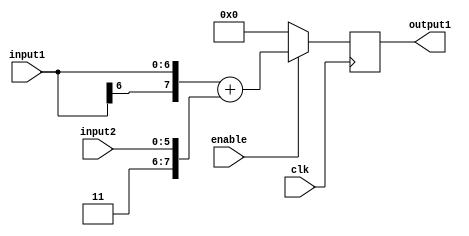
`timescale 1ns / 1ps

module adderStage4(
    	input [6:0] input1,
    	input [5:0] input2,
    	output reg [7:0] output1,
		input enable,
    	input clk
    );

	always @ (posedge clk) begin
		if(enable) begin
			output1 <= {input1[6], input1} + {2'b11, input2};	
		end
		else begin
			output1 <= 0;	
		end
	end

endmodule